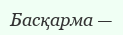
Басқарма —